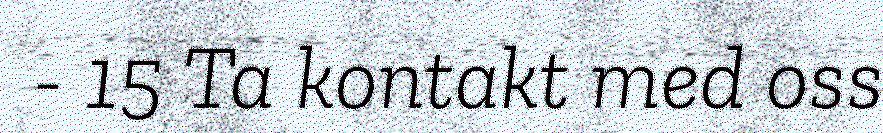
- 15 Ta kontakt med oss